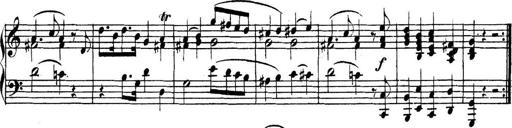
Title: Collected Piano Sonatas
Composer: Muzio Clementi